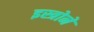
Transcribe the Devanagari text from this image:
इस्त्रोने